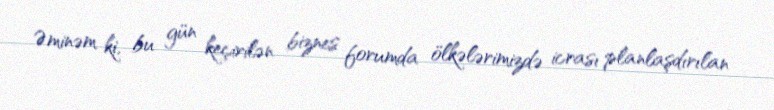
Əminəm ki, bu gün keçirilən biznes forumda ölkələrimizdə icrası planlaşdırılan